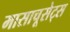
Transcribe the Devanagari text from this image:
मासाचूसेट्स